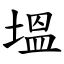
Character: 塭